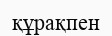
құрақпен